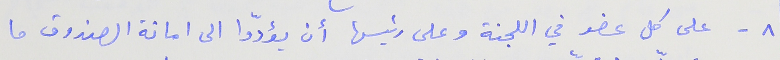
٨ - على كل عضو في اللجنة وعلى رئيسها أن يؤدّوا الى امانة الصندوق ما